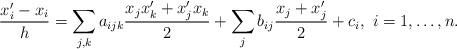
LaTeX: \begin{align*} \frac{x_i'-x_i}{h} = \sum_{j,k} a_{ijk}\frac{x_jx_k'+x_j'x_k}{2} + \sum_j b_{ij} \frac{x_j+x_j'}{2} + c_i,\ i=1,\ldots,n.\end{align*}